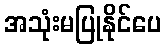
အသုံးမပြုနိုင်ပေ